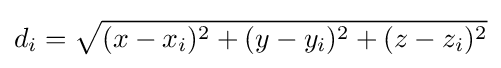
d_{i}={\sqrt {(x-x_{i})^{2}+(y-y_{i})^{2}+(z-z_{i})^{2}}}